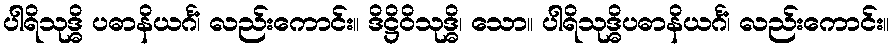
ပါရိသုဒ္ဓိ ပဓာနိယင်္ဂံ၊ လည်းကောင်း။ ဒိဋ္ဌိဝိသုဒ္ဓိ၊ သော။ ပါရိသုဒ္ဓိပဓာနိယင်္ဂံ၊ လည်းကောင်း။